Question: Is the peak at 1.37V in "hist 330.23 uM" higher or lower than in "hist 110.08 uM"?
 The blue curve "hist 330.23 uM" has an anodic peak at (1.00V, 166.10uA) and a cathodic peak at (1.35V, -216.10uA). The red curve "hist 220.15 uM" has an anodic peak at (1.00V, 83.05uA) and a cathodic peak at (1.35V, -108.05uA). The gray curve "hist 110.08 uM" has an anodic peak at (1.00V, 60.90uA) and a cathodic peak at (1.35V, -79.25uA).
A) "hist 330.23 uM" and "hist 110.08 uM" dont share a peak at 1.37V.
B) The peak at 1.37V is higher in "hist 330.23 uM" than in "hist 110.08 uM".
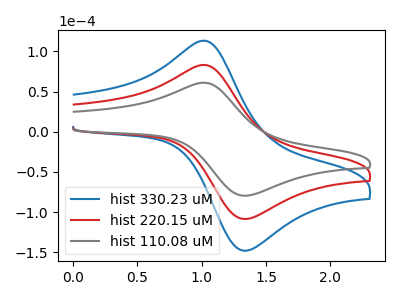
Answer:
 <answer>B) The peak at 1.37V is higher in "hist 330.23 uM" than in "hist 110.08 uM".</answer>
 <eval>B</eval>